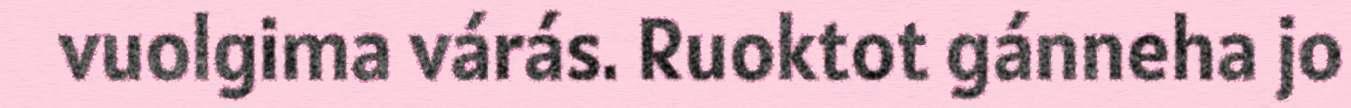
vuolgima várás. Ruoktot gánneha jo